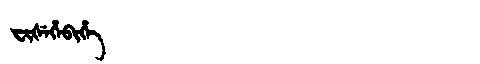
Manchu: ᠸᡳᡧᡝᡥᡝᠪᡳᡥᡝ
Romanization: FIŠEHEBIHE